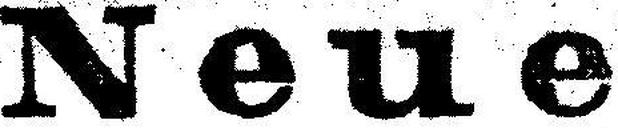
Neue